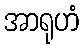
အာရုဟံ